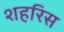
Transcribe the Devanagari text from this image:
शहरिस